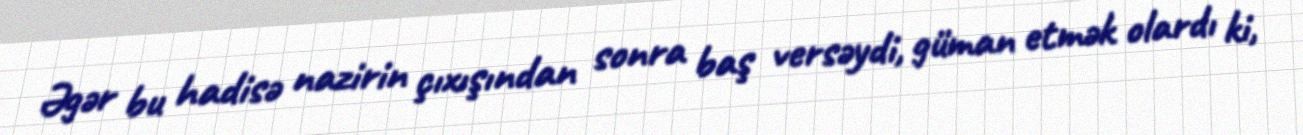
Əgər bu hadisə nazirin çıxışından sonra baş versəydi, güman etmək olardı ki,